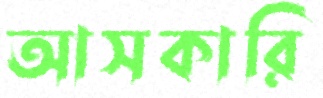
আসকারি